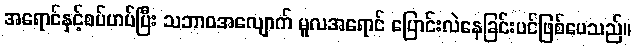
အရောင်နှင့်စပ်ဟပ်ပြီး သဘာဝအလျောက် မူလအရောင် ပြောင်းလဲနေခြင်းပင်ဖြစ်ပေသည်။